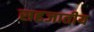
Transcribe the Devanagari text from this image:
सहजातीय